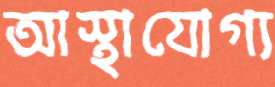
আস্থাযোগ্য